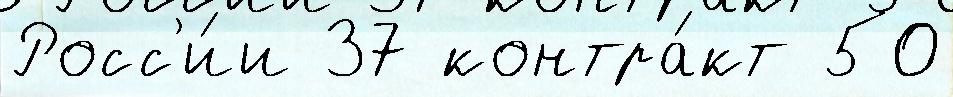
Росс'и́и 37 контра́кт 50